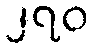
၂၇၀